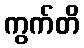
ကွက်တိ